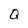
Character: Q